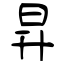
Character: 昇